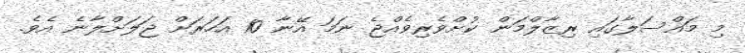
މި މައްސަލާގައި ރިޒާލްމަން ކުށްވެރިވެއްޖެ ނަމަ އޭނާ 10 އަހަރަށް ޖަލަށްލާނެ އެވެ.